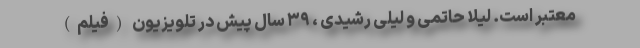
معتبر است. لیلا حاتمی و لیلی رشیدی ، ۳۹ سال پیش در تلویزیون (فیلم)